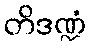
တိဒဏ္ဍံ